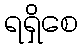
ရရှိစေ